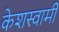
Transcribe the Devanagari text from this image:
केशस्वामी